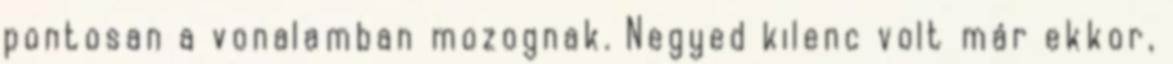
pontosan a vonalamban mozognak. Negyed kilenc volt már ekkor,